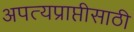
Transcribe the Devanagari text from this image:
अपत्यप्राप्तीसाठी